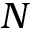
N